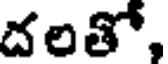
దలతో,